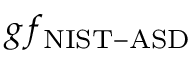
g f _ { \mathrm { N I S T - A S D } }